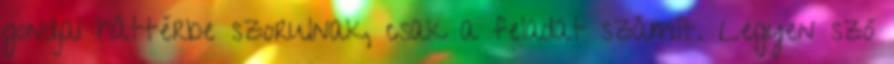
gondjai háttérbe szorulnak, csak a feladat számít. Legyen szó